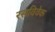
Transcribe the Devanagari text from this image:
रसविवेक